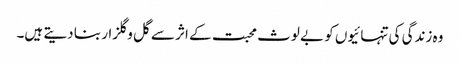
وہ زندگی کی تنہائیوں کو بے لوث محبت کے اثر سے گل و گلزار بنا دیتے ہیں۔